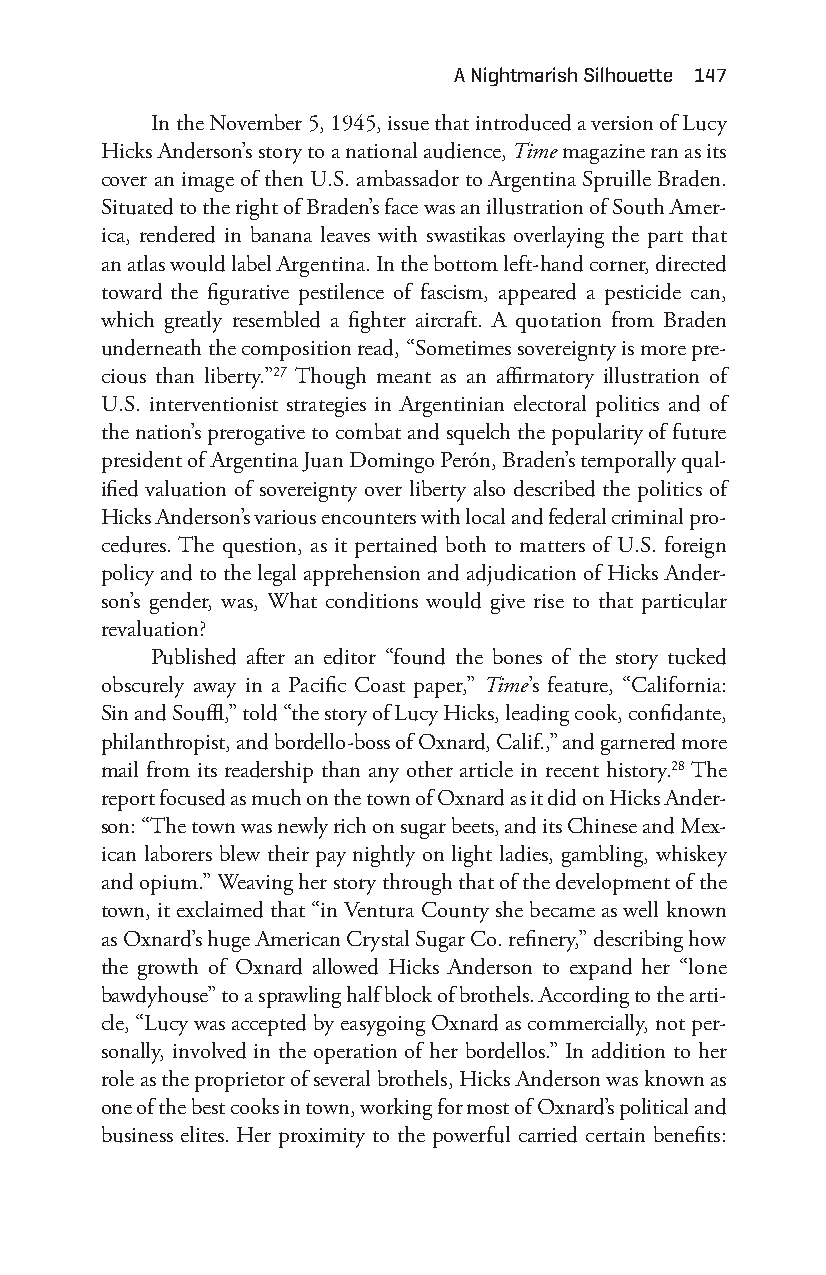
a nightmarish Silhouette 147
 In the November 5, 1945, issue that introduced a version of Lucy
 Hicks Anderson’s story to a national audience, Time magazine ran as its
 cover an image of then U.S. ambassador to Argentina Spruille Braden.
 Situated to the right of Braden’s face was an illustration of South Amer-
 ica, rendered in banana leaves with swastikas overlaying the part that
 an atlas would label Argentina. In the bottom left- hand corner, directed
 toward the figurative pestilence of fascism, appeared a pesticide can,
 which greatly resembled a fighter aircraft. A quotation from Braden
 underneath the composition read, “Sometimes sovereignty is more pre-
 cious than liberty.”27 Though meant as an affirmatory illustration of
 U.S. interventionist strategies in Argentinian electoral politics and of
 the nation’s prerogative to combat and squelch the popularity of future
 president of Argentina Juan Domingo Perón, Braden’s temporally qual-
 ified valuation of sovereignty over liberty also described the politics of
 Hicks Anderson’s various encounters with local and federal criminal pro-
 cedures. The question, as it pertained both to matters of U.S. foreign
 policy and to the legal apprehension and adjudication of Hicks Ander-
 son’s gender, was, What conditions would give rise to that particular
 revaluation?
 Published after an editor “found the bones of the story tucked
 obscurely away in a Pacific Coast paper,” Time’s feature, “California:
 Sin and Souffl,” told “the story of Lucy Hicks, leading cook, confidante,
 philanthropist, and bordello- boss of Oxnard, Calif.,” and garnered more
 mail from its readership than any other article in recent history.28 The
 report focused as much on the town of Oxnard as it did on Hicks Ander-
 son: “The town was newly rich on sugar beets, and its Chinese and Mex-
 ican laborers blew their pay nightly on light ladies, gambling, whiskey
 and opium.” Weaving her story through that of the development of the
 town, it exclaimed that “in Ventura County she became as well known
 as Oxnard’s huge American Crystal Sugar Co. refinery,” describing how
 the growth of Oxnard allowed Hicks Anderson to expand her “lone
 bawdyhouse” to a sprawling half block of brothels. According to the arti-
 cle, “Lucy was accepted by easygoing Oxnard as commercially, not per-
 sonally, involved in the operation of her bordellos.” In addition to her
 role as the proprietor of several brothels, Hicks Anderson was known as
 one of the best cooks in town, working for most of Oxnard’s political and
 business elites. Her proximity to the powerful carried certain benefits:
 Snorton.indd 147                            29/09/2017 8:41:06 AM